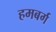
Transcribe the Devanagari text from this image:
हमबर्ग